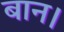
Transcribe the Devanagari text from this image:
बान।